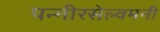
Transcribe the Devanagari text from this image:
पन्नीरसेल्वमनी